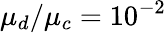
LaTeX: \mu_{d}/\mu_{c}=10^{-2}